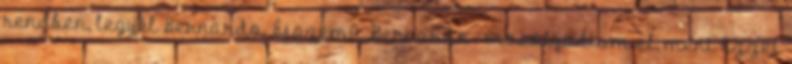
rendben, legyél Bernardo. Éjszemű Bernardo.- mosolyodtam el, mert ezzel